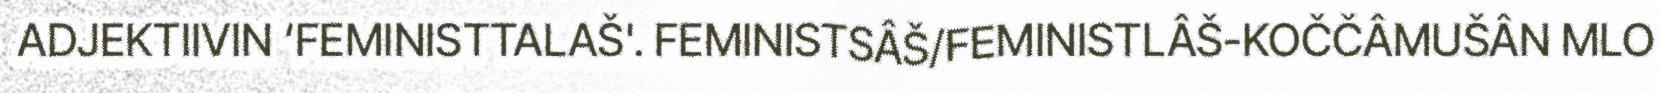
ADJEKTIIVIN ‘FEMINISTTALAŠ'. FEMINISTSÂŠ/FEMINISTLÂŠ-KOČČÂMUŠÂN MLO